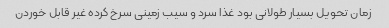
زمان تحویل بسیار طولانی بود غذا سرد و سیب زمینی سرخ کرده غیر قابل خوردن